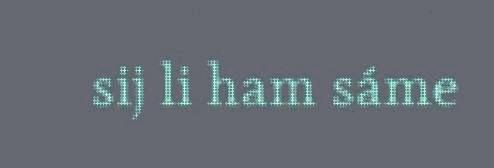
sij li ham sáme